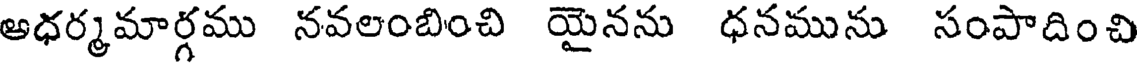
ఆధర్మమార్గము నవలంబించి యైనను ధనమును సంపాదించి